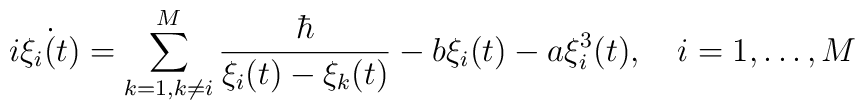
i\dot{\xi_i(t)}=\sum_{k=1,k\neq i}^{M}   \frac{\hbar}{\xi_i(t)-\xi_k(t)}-b\xi_i(t)-a\xi_i^3(t),\quad i=1,\dots ,M